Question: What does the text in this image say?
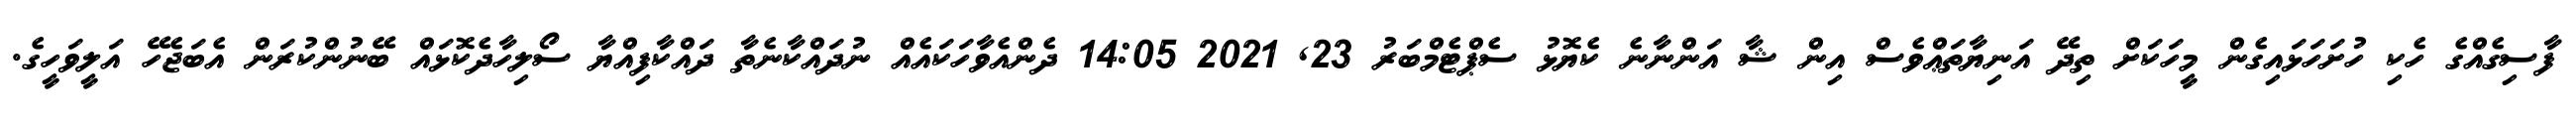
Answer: ފާސިގެއްގެ ހެކި ހުށަހަޅައިގެން މީހަކަށް ތިދޭ އަނިޔާތަޢްވެސް އިން ޝާ އަންނާނެ ކެޔޮޅު ސެޕްޓެމްބަރު 23, 2021 14:05 ދެންއެވާހަކައެއް ނުދައްކާނެތާ ދައްކާފިއްޔާ ސޯލިހާދެކޮޅައް ބޭނުންކުރަން އެބަޖެހޭ އަލީވަހީގެ.